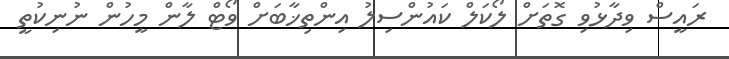
ރައީސް ވިދާޅުވި ގޮތަށް ލޯކަލް ކައުންސިލު އިންތިޚާބަށް ވޯޓް ލާން މީހުން ނުނިކުތީ